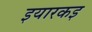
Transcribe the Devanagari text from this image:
इयारकइ